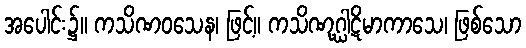
အပေါင်း၌။ ကသိဏဝသေန၊ ဖြင့်။ ကသိဏုဂ္ဃါဋိမာကာသေ၊ ဖြစ်သော